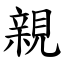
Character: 親